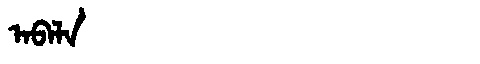
Manchu: ᠠᠪᠠᠯᠠ
Romanization: ABALA